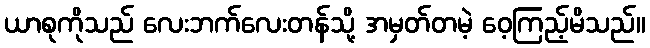
ယာစုကိုသည် လေးဘက်လေးတန်သို့ အမှတ်တမဲ့ ဝေ့ကြည့်မိသည်။